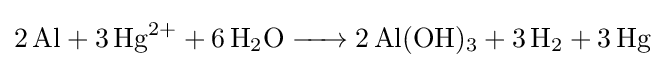
{\ce {2Al + 3Hg^2+ + 6H2O -> 2Al(OH)3 + 3H2 +3Hg}}